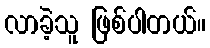
လာခဲ့သူ ဖြစ်ပါတယ်။